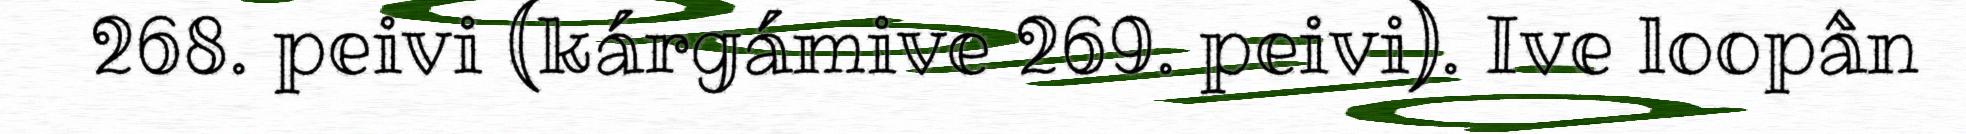
268. peivi (kárgámive 269. peivi). Ive loopân